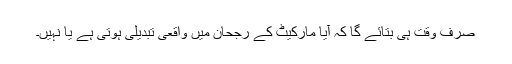
صرف وقت ہی بتائے گا کہ آیا مارکیٹ کے رجحان میں واقعی تبدیلی ہوتی ہے یا نہیں۔